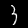
Label: 3